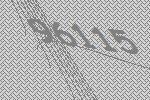
96115